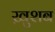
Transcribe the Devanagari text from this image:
ख़ुशब